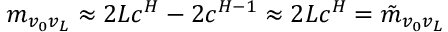
m _ { v _ { 0 } v _ { L } } \approx 2 L c ^ { H } - 2 c ^ { H - 1 } \approx 2 L c ^ { H } = \tilde { m } _ { v _ { 0 } v _ { L } }